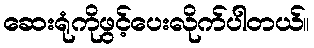
ဆေးရုံကိုဖွင့်ပေးလိုက်ပါတယ်။